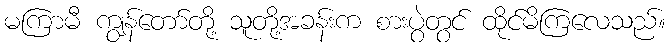
မကြာမီ ကျွန်တော်တို့ သူတို့အခန်းက စားပွဲတွင် ထိုင်မိကြလေသည်။